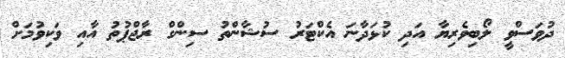
ދުވަސްވީ ލޯބިވެރިޔާ އަދި ކުޅަދާނަ އެކްޓަރު ސުޝާންތު ސިންގް ރާޖްޕުތު އާއި ވަކިވުމަށް